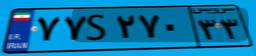
۷۳S۶۷۳۸۲